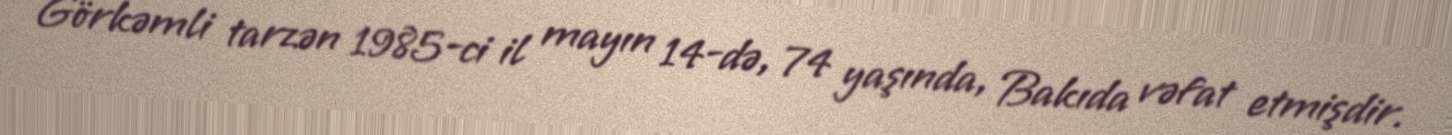
Görkəmli tarzən 1985-ci il mayın 14-də, 74 yaşında, Bakıda vəfat etmişdir.